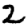
Digit: 2